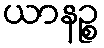
ယာနဉ္စ